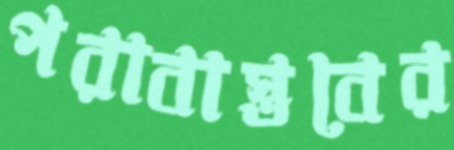
পরাবাস্তবের